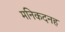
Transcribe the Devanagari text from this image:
मनिकदनह